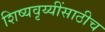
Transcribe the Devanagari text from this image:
शिष्यवृय्यींसाठीच